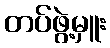
တပ်ဖွဲ့မှူး